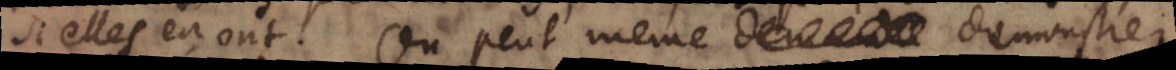
si elles en ont. On peut même demonstrer